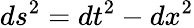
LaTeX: ds^{2}=dt^{2}-dx^{2}